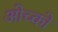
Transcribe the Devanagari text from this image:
ओच्को